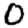
Digit: 0